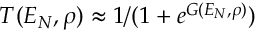
T ( { \cal E } _ { N } , \rho ) \approx 1 / ( 1 + e ^ { G ( { \cal E } _ { N } , \rho ) } )